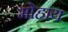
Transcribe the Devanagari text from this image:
मोहाय